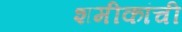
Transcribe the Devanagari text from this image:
शमीकांची